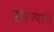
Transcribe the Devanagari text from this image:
डांबण्याची